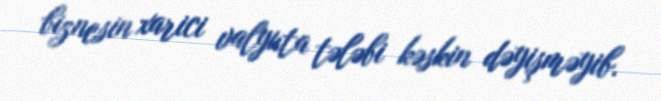
biznesin xarici valyuta tələbi kəskin dəyişməyib.